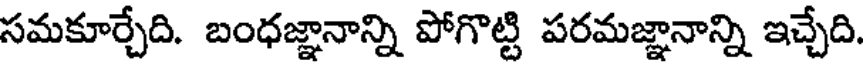
సమకూర్చేది. బంధజ్ఞానాన్ని పోగొట్టి పరమజ్ఞానాన్ని ఇచ్చేది.